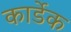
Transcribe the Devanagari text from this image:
कार्डेक